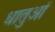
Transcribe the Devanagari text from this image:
धातुआें